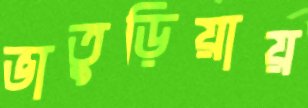
ভাতুড়িয়ায়